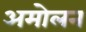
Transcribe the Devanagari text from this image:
अमोलन